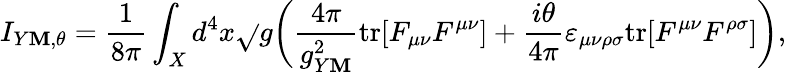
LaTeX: I_{Y\mathbf{M},\theta}={\frac{{1}}{{8\pi}}}\int_{X}d^{4}x\sqrt{}{{g}}\bigg({\frac{{4\pi}}{{g_{Y\mathbf{M}}^{2}}}}\mathrm{{tr}}[F_{\mu\nu}F^{\mu\nu}]+{\frac{{i\theta}}{{4\pi}}}\varepsilon_{\mu\nu\rho\sigma}\mathrm{{tr}}[F^{\mu\nu}F^{\rho\sigma}]\bigg),